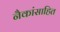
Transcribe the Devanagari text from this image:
नैकांसाहित